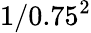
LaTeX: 1/0.75^{2}